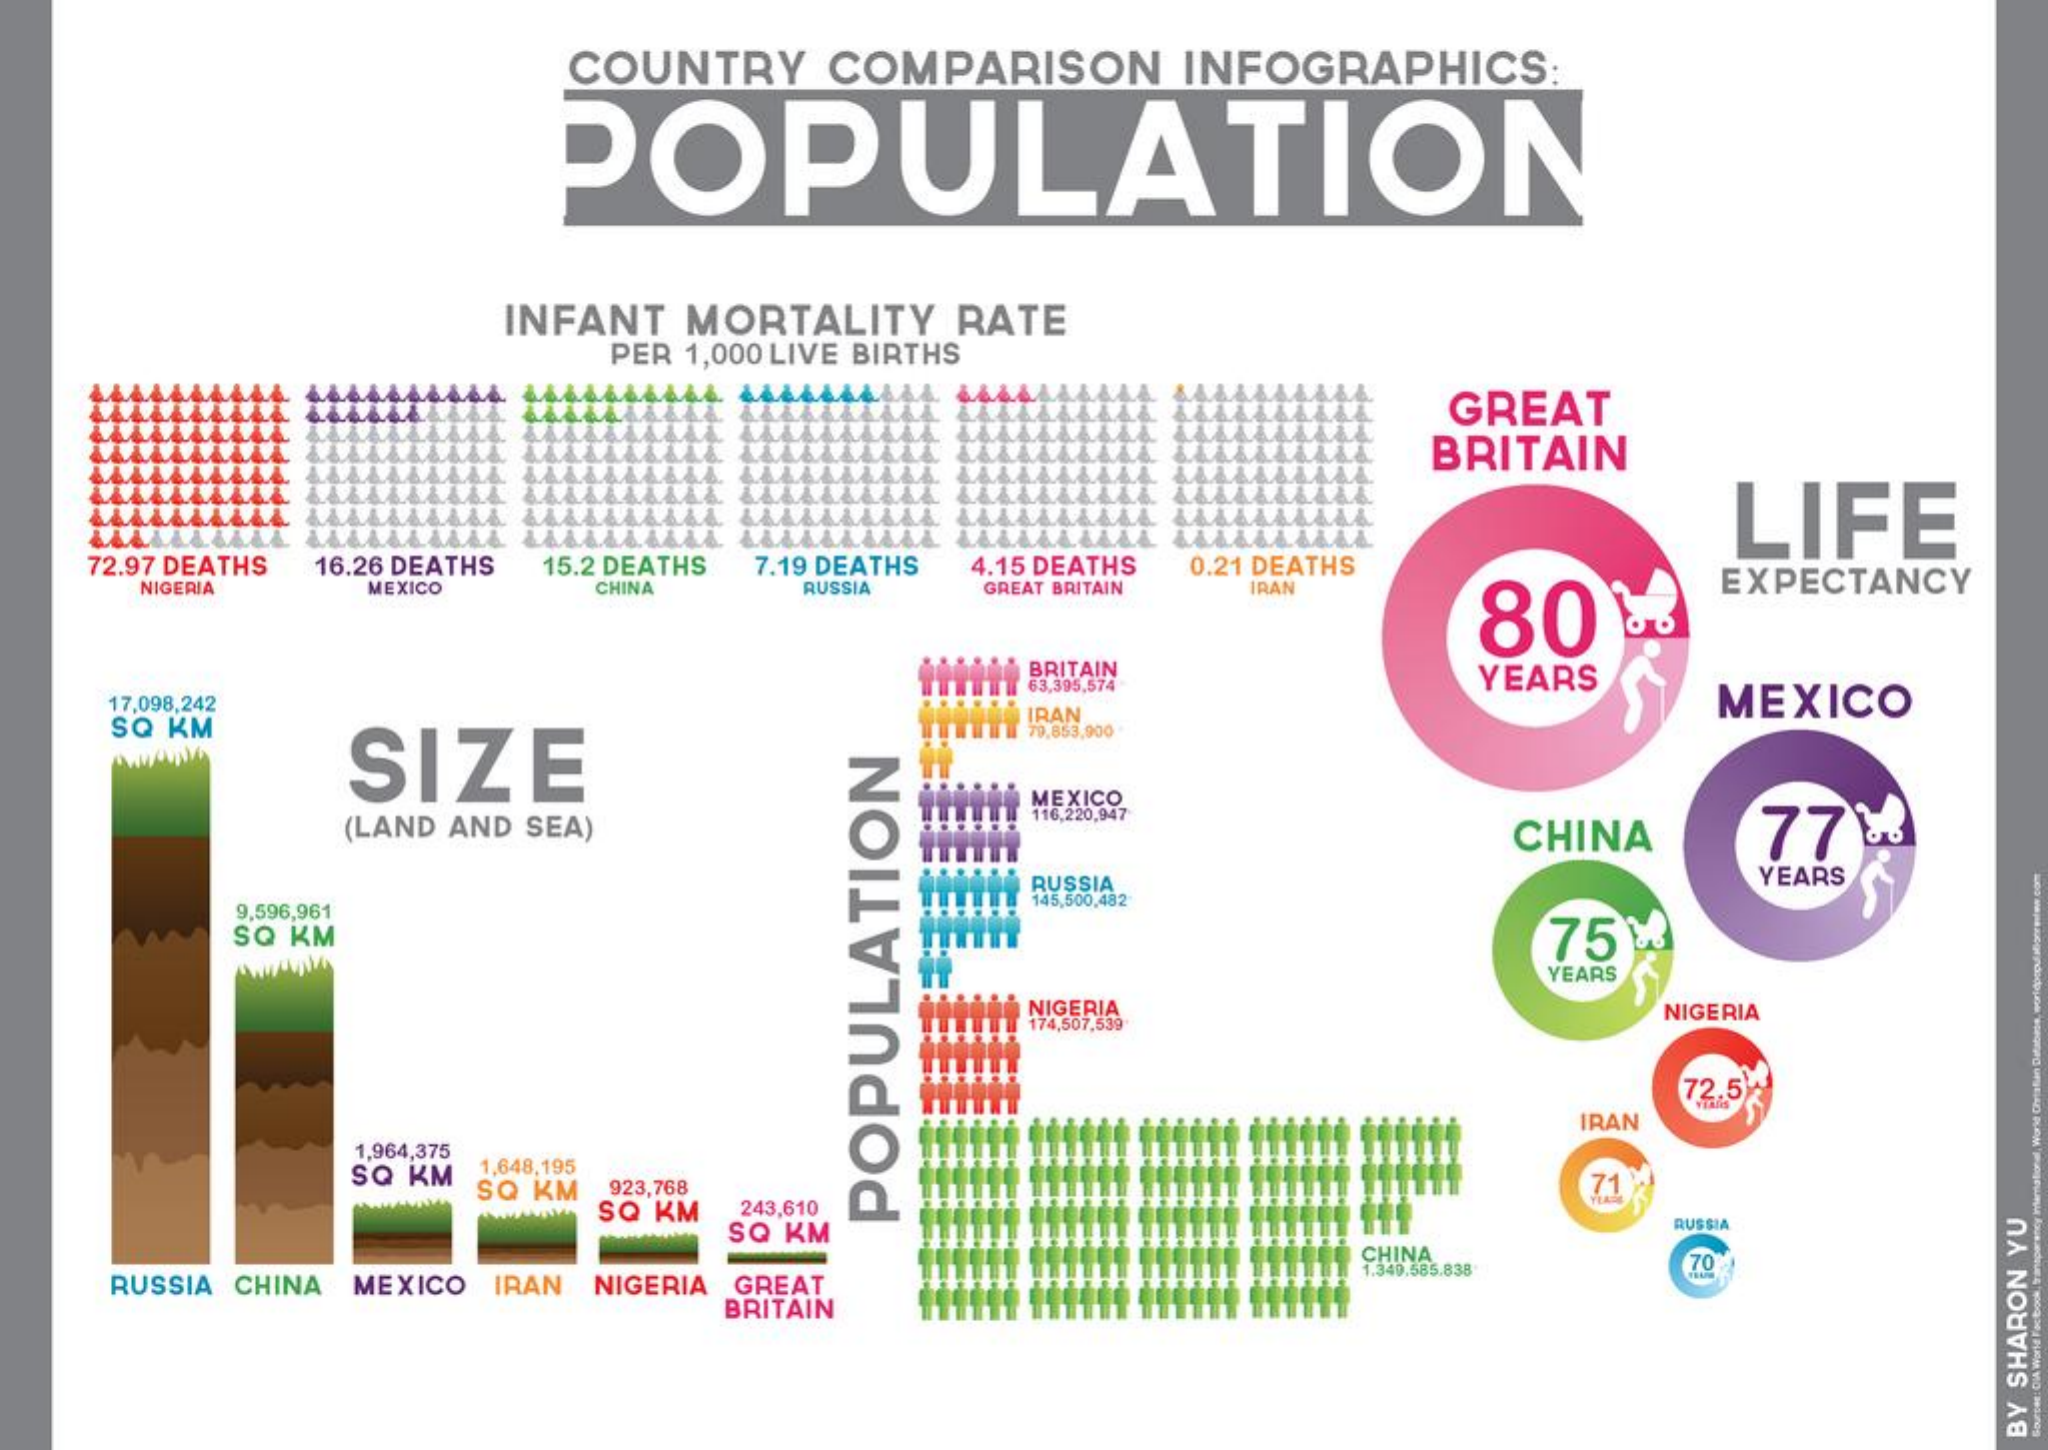
COUNTRY    COMPARISON    INFOGRAPHICS:
     POPULATION
     INFANT   MORTALITY    RATE
     PER 1,000 LIVE BIRTHS
     GREAT
     BRITAIN
     LIFE
     72.97 DEATHS 16.26 DEATHS 15.2 DEATHS 7.19 DEATHS 4.15 DEATHS 0.21 DEATHS
     NIGERIA    MEXICO    CHINA    RUSSIA   GREAT BRITAIN IRAN
     80
     EXPECTANCY
     BRITAIN
     17,098,242
     63,395,574    YEARS
     SQ KM
     SIZE
     MEXICO
     IRAN
     79.853,900
     MEXICO
     (LAND AND SEA)
     116,220,947
     CHINA    775
     RUSSIA    YEARS
     9,596,961
     145,500,482
     SQ KM    752
     YEARS
     NIGERIA
     174,507,539
     NIGERIA
     72.5%
     IRAN
     1,964,375
     SQ KM 1.648,195
     SQ KM 923,768    71
     SQ KM  243,610
     SQ KM
     RUSSIA
     POPULATION
     CHINA
     RUSSIA CHINA MEXICO IRAN NIGERIA GREAT
     1.340.585.838   70
     BRITAIN
     BY
     SHARON
     YU